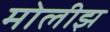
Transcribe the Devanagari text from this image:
मोलीझ